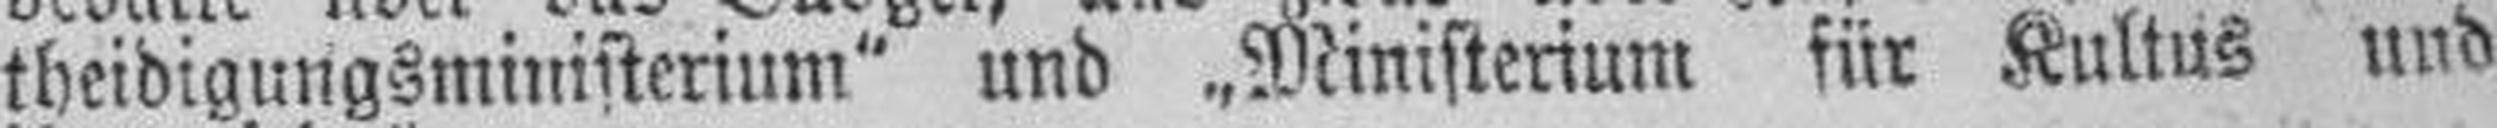
theidigungsministerium" und „Ministerium für Kultus und